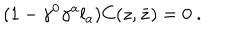
( 1 - \gamma ^ { 0 } \gamma ^ { a } l _ { a } ) C ( z , \bar { z } ) = 0 \ .